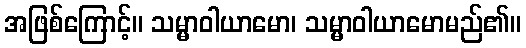
အဖြစ်ကြောင့်။ သမ္မာဝါယာမော၊ သမ္မာဝါယာမောမည်၏။